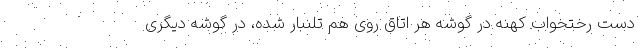
دست رختخواب کهنه در گوشه هر اتاق روی هم تلنبار شده، در گوشه دیگری